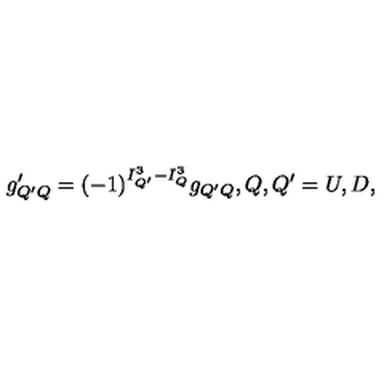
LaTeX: g _ { Q ^ { \prime } Q } ^ { \prime } = { ( - 1 ) } ^ { I _ { Q ^ { \prime } } ^ { 3 } - I _ { Q } ^ { 3 } } g _ { Q ^ { \prime } Q } , Q , Q ^ { \prime } = U , D ,